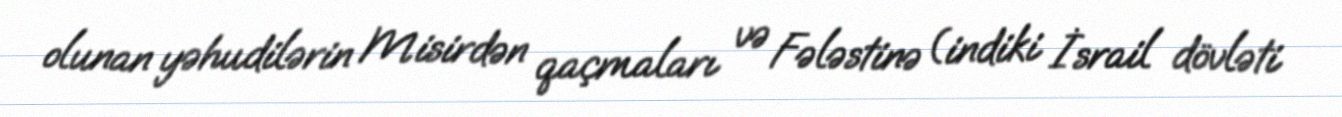
olunan yəhudilərin Misirdən qaçmaları və Fələstinə (indiki İsrail dövləti